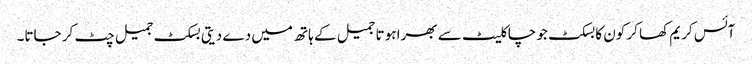
آئس کریم کھا کر کون کا بسکٹ جو چاکلیٹ سے بھرا ہوتا جمیل کے ہاتھ میں دے دیتی بسکٹ جمیل چٹ کر جاتا۔